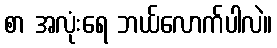
စာ အလုံးရေ ဘယ်လောက်ပါလဲ။